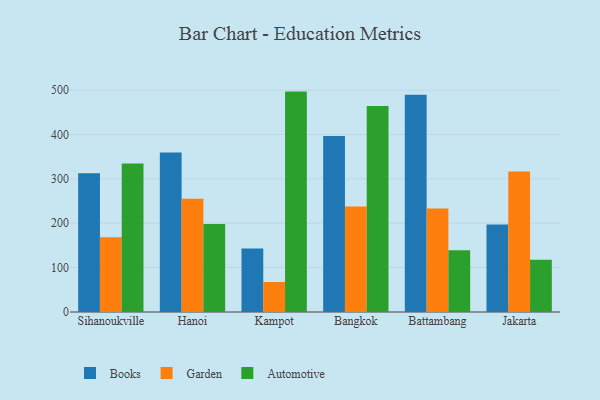
{"axis": {"x": "City", "y": "Headcount"}, "legend": ["Automotive", "Books", "Garden"], "data": [{"x": "Sihanoukville", "y": 312.9, "type": "Books"}, {"x": "Sihanoukville", "y": 168.7, "type": "Garden"}, {"x": "Sihanoukville", "y": 334.9, "type": "Automotive"}, {"x": "Hanoi", "y": 359.2, "type": "Books"}, {"x": "Hanoi", "y": 255.3, "type": "Garden"}, {"x": "Hanoi", "y": 198.4, "type": "Automotive"}, {"x": "Kampot", "y": 143.1, "type": "Books"}, {"x": "Kampot", "y": 67.6, "type": "Garden"}, {"x": "Kampot", "y": 496.7, "type": "Automotive"}, {"x": "Bangkok", "y": 396.5, "type": "Books"}, {"x": "Bangkok", "y": 237.8, "type": "Garden"}, {"x": "Bangkok", "y": 464.5, "type": "Automotive"}, {"x": "Battambang", "y": 489.7, "type": "Books"}, {"x": "Battambang", "y": 233.5, "type": "Garden"}, {"x": "Battambang", "y": 139.1, "type": "Automotive"}, {"x": "Jakarta", "y": 197.4, "type": "Books"}, {"x": "Jakarta", "y": 316.7, "type": "Garden"}, {"x": "Jakarta", "y": 117.6, "type": "Automotive"}]}